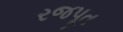
રજપૂત